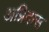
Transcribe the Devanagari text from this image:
अग्निदास